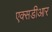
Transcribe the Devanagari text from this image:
एक्सडीआर